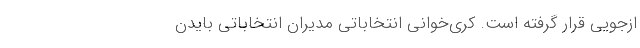
ازجویی قرار گرفته است. کُری‌خوانی انتخاباتی مدیران انتخاباتی بایدن